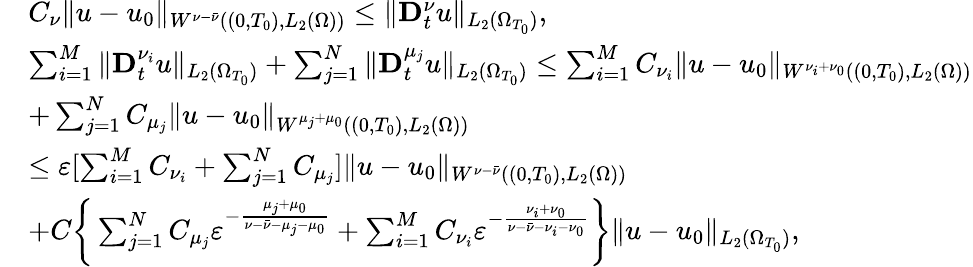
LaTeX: \begin{array}{rl}&{C_{\nu}\| u-u_{0}\| _{W^{\nu-\bar{\nu}}((0,T_{0}),L_{2}(\Omega))}\leq\| \mathbf{D}_{t}^{\nu}u\| _{L_{2}(\Omega_{T_{0}})},}\\ &{\sum_{i=1}^{M}\| \mathbf{D}_{t}^{\nu_{i}}u\| _{L_{2}(\Omega_{T_{0}})}+\sum_{j=1}^{N}\| \mathbf{D}_{t}^{\mu_{j}}u\| _{L_{2}(\Omega_{T_{0}})}\leq\sum_{i=1}^{M}C_{\nu_{i}}\| u-u_{0}\| _{W^{\nu_{i}+\nu_{0}}((0,T_{0}),L_{2}(\Omega))}}\\ &{+\sum_{j=1}^{N}C_{\mu_{j}}\| u-u_{0}\| _{W^{\mu_{j}+\mu_{0}}((0,T_{0}),L_{2}(\Omega))}}\\ &{\leq\varepsilon[\sum_{i=1}^{M}C_{\nu_{i}}+\sum_{j=1}^{N}C_{\mu_{j}}]\| u-u_{0}\| _{W^{\nu-\bar{\nu}}((0,T_{0}),L_{2}(\Omega))}}\\ &{+C\bigg\{ \sum_{j=1}^{N}C_{\mu_{j}}\varepsilon^{-\frac{\mu_{j}+\mu_{0}}{\nu-\bar{\nu}-\mu_{j}-\mu_{0}}}+\sum_{i=1}^{M}C_{\nu_{i}}\varepsilon^{-\frac{\nu_{i}+\nu_{0}}{\nu-\bar{\nu}-\nu_{i}-\nu_{0}}}\bigg\} \| u-u_{0}\| _{L_{2}(\Omega_{T_{0}})},}\end{array}